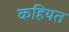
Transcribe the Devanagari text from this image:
कहियत